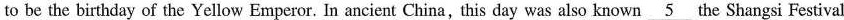
to be the birthday of the Yellow Emperor. In ancient China,this day was also known \underline{5} the Shangsi Festival